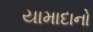
યામાદાનો